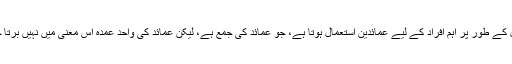
مثال کے طور پر اہم افراد کے لیے عمائدین استعمال ہوتا ہے، جو عمائد کی جمع ہے، لیکن عمائد کی واحد عمدہ اس معنی میں نہیں برتا جاتا۔